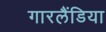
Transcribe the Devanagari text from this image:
गारलैंडिया